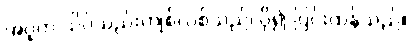
အပူက သိပ်သည်းကျစ်လစ်သည်၊ ပို၍ ပြင်းထန်သည်။